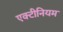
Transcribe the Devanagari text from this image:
एक्टीनियम